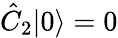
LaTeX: \hat{C}_{2}|0\rangle=0